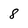
Character: 8